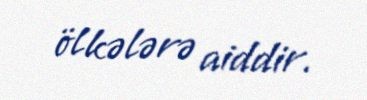
ölkələrə aiddir.